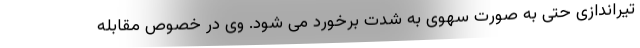
تیراندازی حتی به صورت سهوی به شدت برخورد می شود. وی در خصوص مقابله